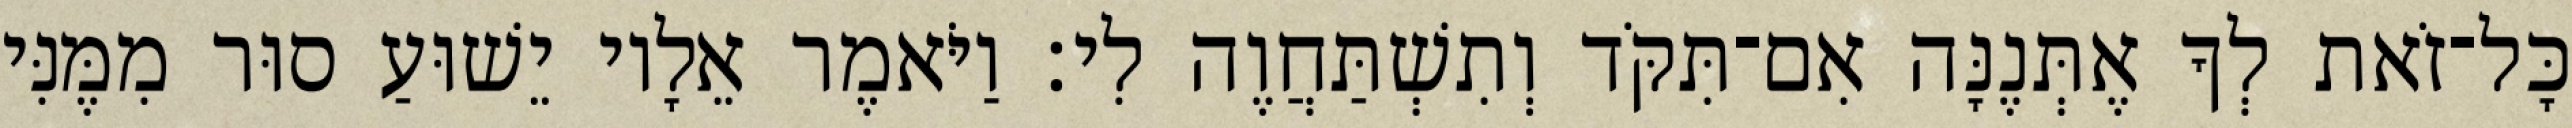
כָּל־זֹאת לְךָ אֶתְּנֶנָּה אִם־תִּקֹּד וְתִשְׁתַּחֲוֶה לִי׃ וַיֹּאמֶר אֵלָיו יֵשׁוּעַ סוּר מִמֶּנִּי